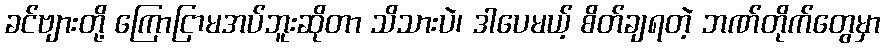
ခင်ဗျားတို့ ကြောငြာမအပ်ဘူးဆိုတာ သိသားပဲ၊ ဒါပေမယ့် စိတ်ချရတဲ့ ဘဏ်တိုက်တွေမှာ